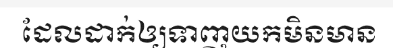
ដែលដាក់ឲ្យទាញយកមិនមាន